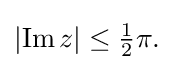
{\textstyle \left|\operatorname {Im} z\right|\leq {\tfrac {1}{2}}\pi .}